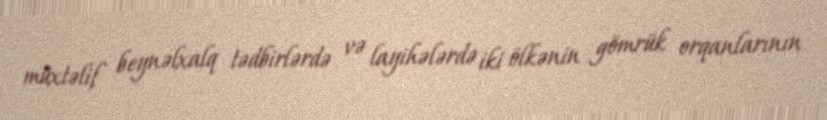
müxtəlif beynəlxalq tədbirlərdə və layihələrdə iki ölkənin gömrük orqanlarının